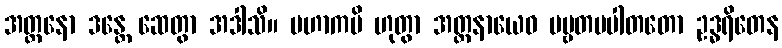
အတ္တနော ဒန္တေ ဆေတွာ အဒါသိ။ မဟာကပိ ဟုတွာ အတ္တနာယေဝ ပဗ္ဗတပပါတတော ဥဒ္ဓရိတေန